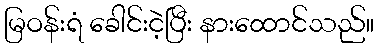
မြဝန်းရံ ခေါင်းငဲ့ပြီး နားထောင်သည်။